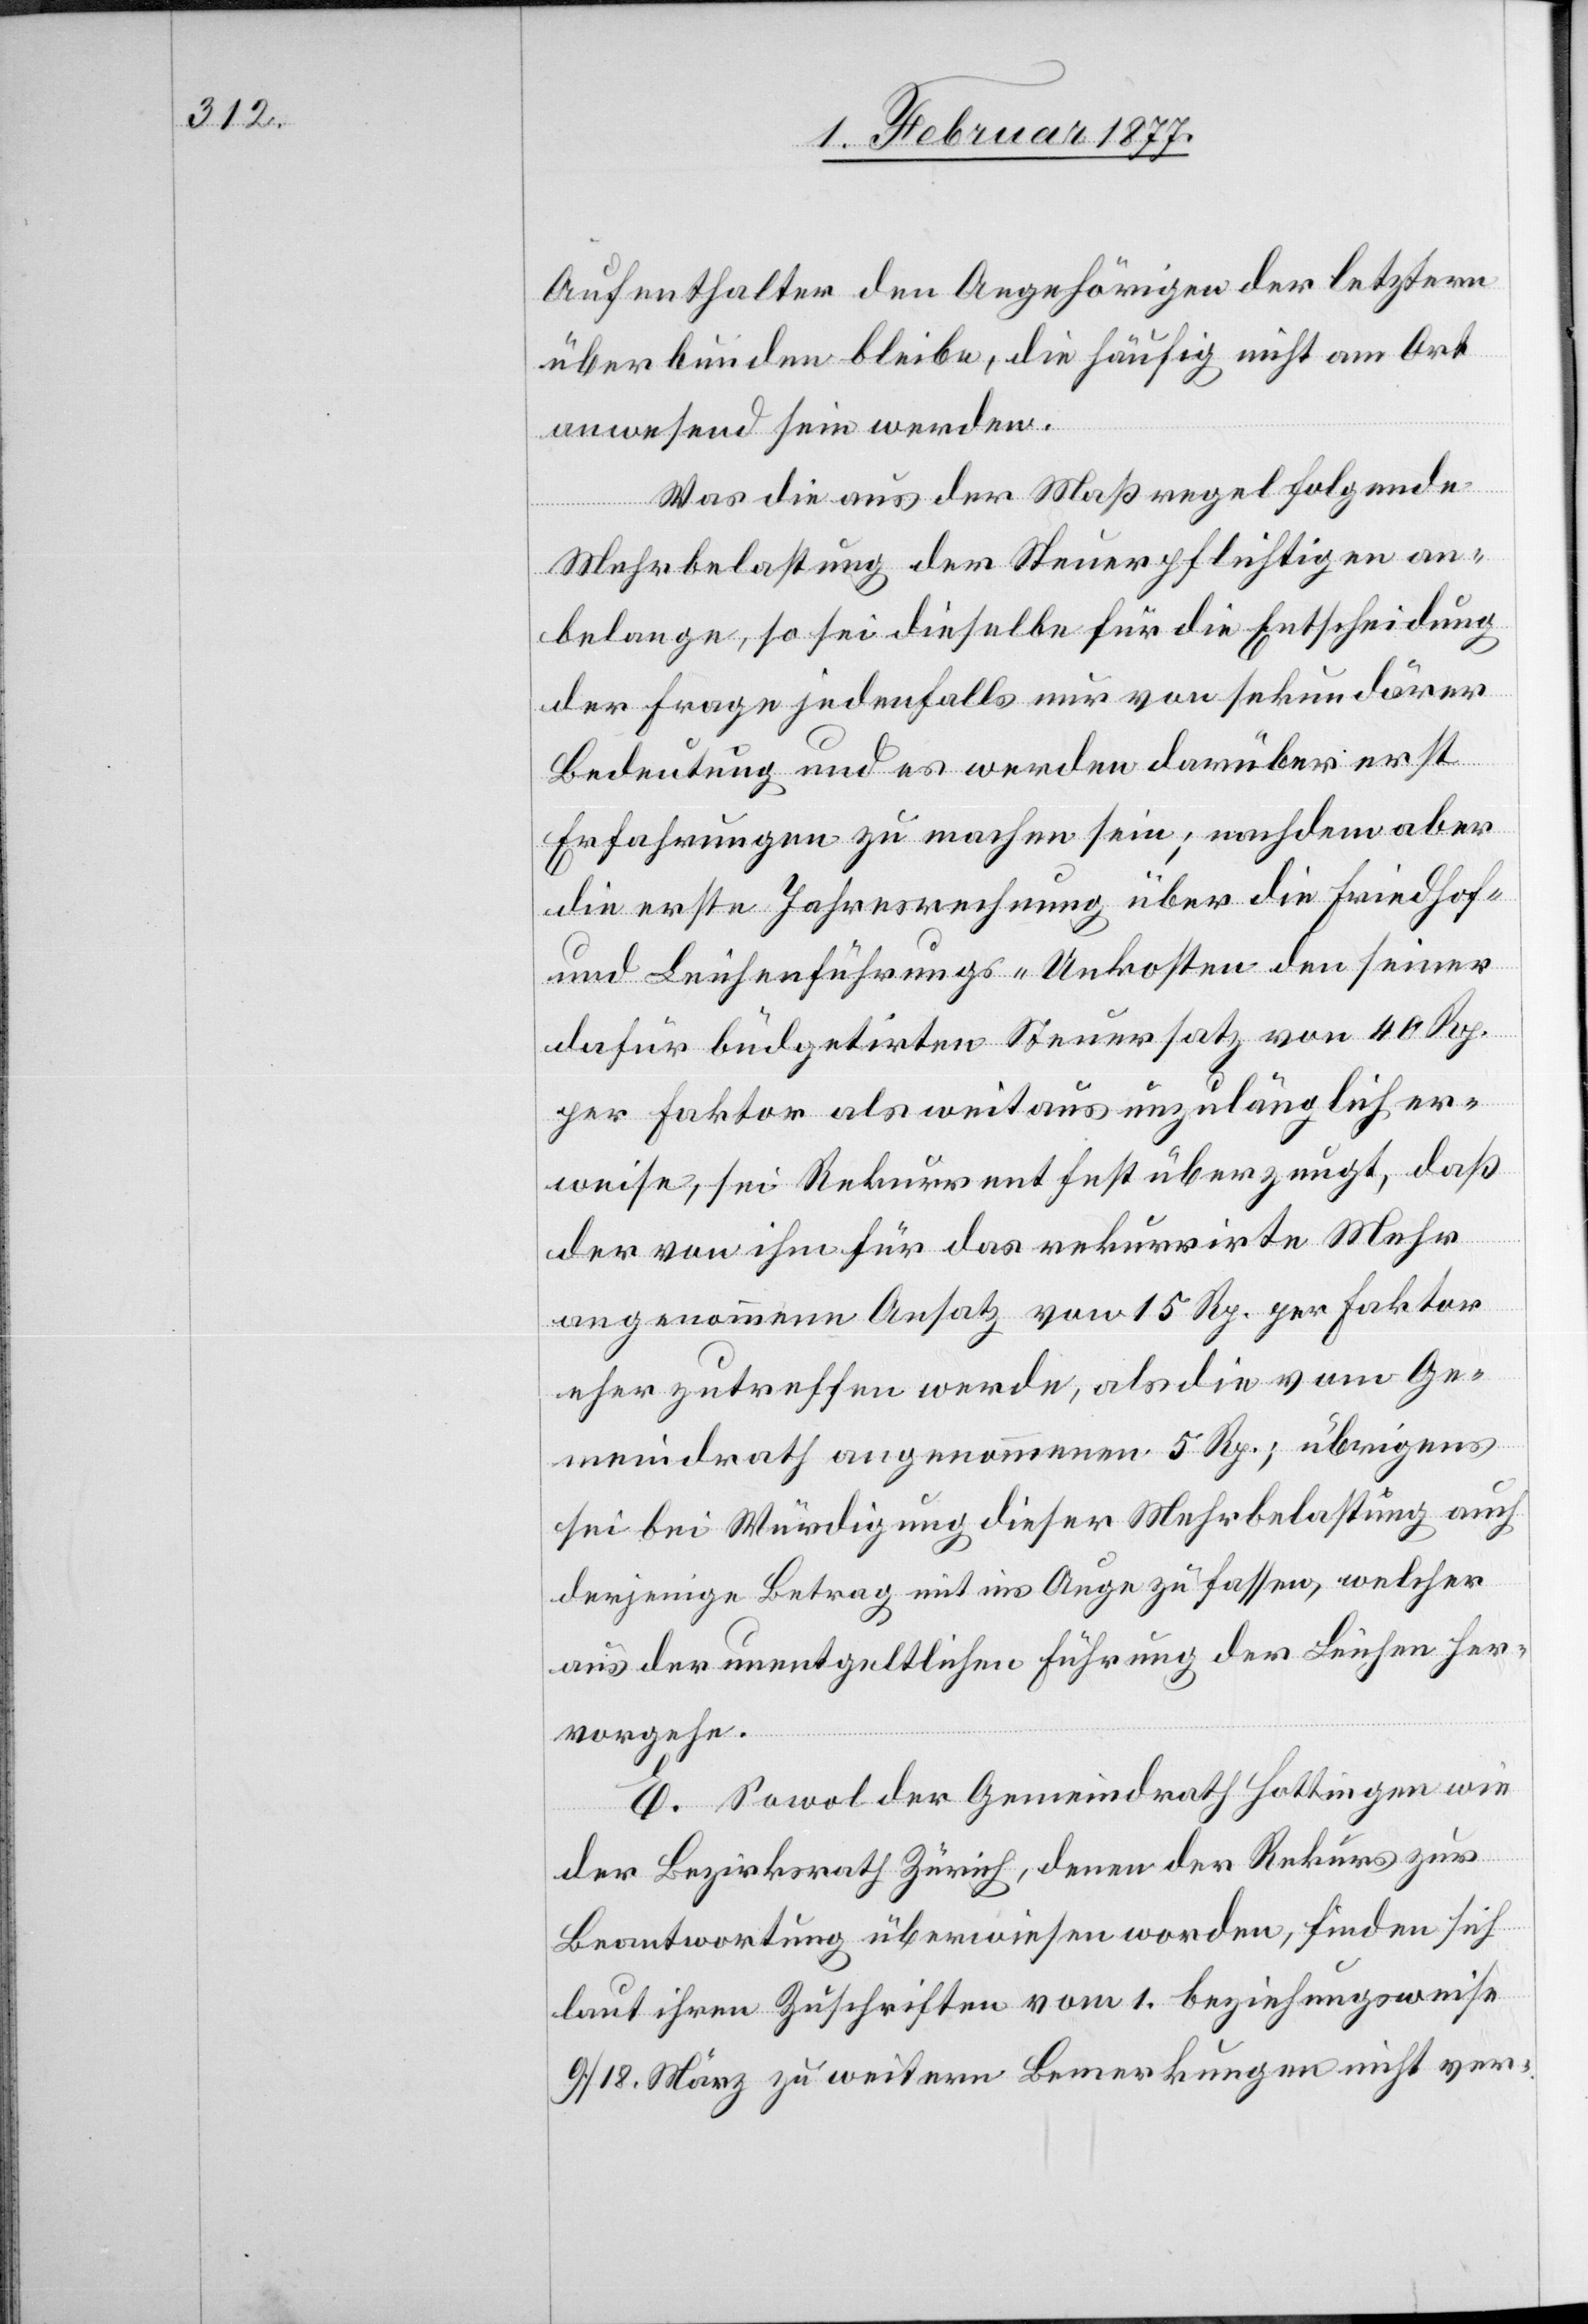
Aufenthalter den Angehörigen der letztern
überbunden bleibe, die häufig nicht am Ort
anwesend sein werden.
Was die aus der Maßregel folgende
Mehrbelastung der Steuerpflichtigen an¬
belange, so sei dieselbe für die Entscheidung
der Frage jedenfalls nur von sekundärer
Bedeutung und es werden darüber erst
Erfahrungen zu machen sein; nachdem aber
die erste Jahresrechnung über die Friedhof-
und Leichenführungs-Unkosten den seiner
dafür büdgetirten Steuersatz von 40 Rp.
per Faktor als weitaus unzulänglich er¬
weise, sei Rekurrent fest überzeugt, daß
der von ihm für das rekurrirte Mehr
angenommene Ansatz von 15 Rp. per Faktor
eher zutreffen werde, als die vom Ge¬
meindrath angenommenen 5 Rp.; übrigens
sei bei Würdigung dieser Mehrbelastung auch
derjenige Betrag mit ins Auge zu fassen, welcher
aus der unentgeltlichen Führung der Leichen her¬
vorgehe.
E. Sowol der Gemeindrath Hottingen wie
der Bezirksrath Zürich, denen der Rekurs zur
Beantwortung überwiesen worden, finden sich
laut ihren Zuschriften vom 1. beziehungsweise
9./10. März zu weitern Bemerkungen nicht ver-